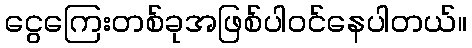
ငွေကြေးတစ်ခုအဖြစ်ပါဝင်နေပါတယ်။